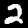
Label: 2